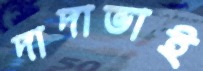
দাদাভাই